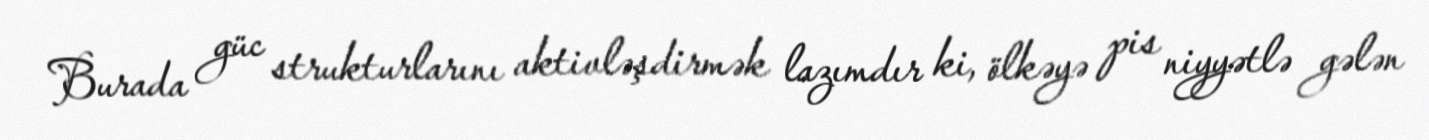
Burada güc strukturlarını aktivləşdirmək lazımdır ki, ölkəyə pis niyyətlə gələn